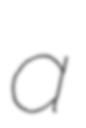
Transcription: a